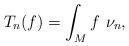
LaTeX: \begin{align*} T_n(f)=\int_Mf~\nu_n,\end{align*}